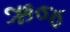
ઋજ